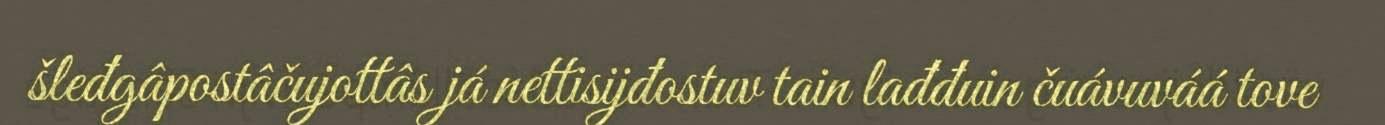
šleđgâpostâčujottâs já nettisijđostuv tain lađđuin čuávuváá tove